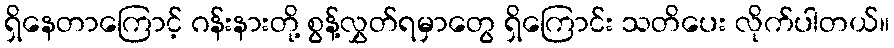
ရှိနေတာကြောင့် ဂန်းနားတို့ စွန့်လွှတ်ရမှာတွေ ရှိကြောင်း သတိပေး လိုက်ပါတယ်။